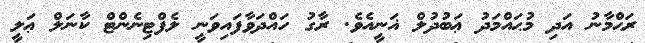
ރަޙްމާނު އަދި މުޙައްމަދު ޢަބުދުލް ޣަނީއެވެ. ރާގު ހައްދަވާފައިވަނީ ލެފްޓިނެންޓް ކާނަލް ޢަލީ